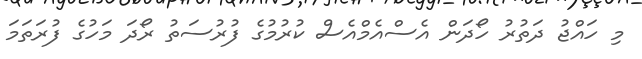
މި ހައްޖު ދަތުރު ހޯދަން އެސްއެމްއެސް ކުރުމުގެ ފުރުސަތު ރޯދަ މަހުގެ ފުރަތަމަ